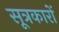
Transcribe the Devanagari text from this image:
सूत्रकारों